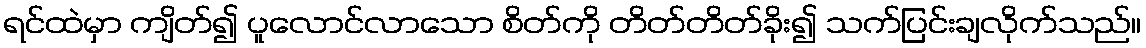
ရင်ထဲမှာ ကျိတ်၍ ပူလောင်လာသော စိတ်ကို တိတ်တိတ်ခိုး၍ သက်ပြင်းချလိုက်သည်။